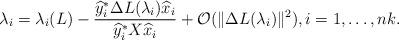
LaTeX: \begin{align*} \lambda_i=\lambda_i(L) - \frac{\widehat y_i^*\Delta L(\lambda_i)\widehat x_i}{\widehat y_i^*X\widehat x_i}+\mathcal{O}(\|\Delta L(\lambda_i)\|^2), i=1,\ldots, nk. \end{align*}